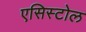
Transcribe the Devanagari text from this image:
एसिस्टोल